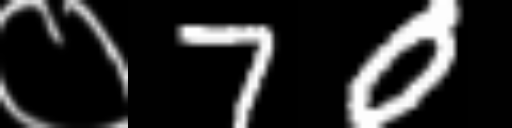
Text: ०70